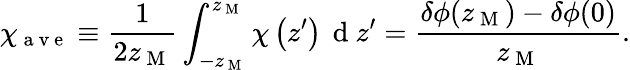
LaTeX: \chi_{\mathrm{~a~v~e~}}\equiv\frac{1}{2z_{\mathrm{~M~}}}\int_{-z_{\mathrm{~M~}}}^{z_{\mathrm{~M~}}}\chi\left(z^{\prime}\right)\, \mathrm{~d~}z^{\prime}=\frac{\delta\phi(z_{\mathrm{~M~}})-\delta\phi(0)}{z_{\mathrm{~M~}}}.